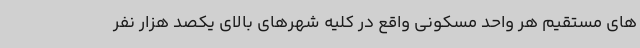
های مستقیم هر واحد مسکونی واقع در کلیه شهرهای بالای یکصد هزار نفر